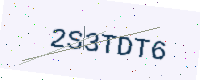
Text: 2S3TDT6